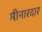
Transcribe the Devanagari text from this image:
मीनारदार